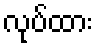
လုပ်ထား